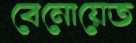
বেনোয়েত